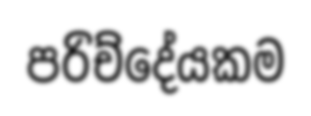
පරිච්දේයකම